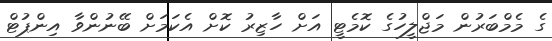
ގެ މެމްބަރުން މަޖްލީހުގެ ކޮމެޓީ އަށް ހާޒިރު ކޮށް އެކަމަށް ބޭނުންވާ އިންޕުޓް